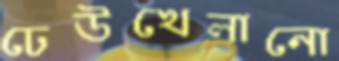
ঢেউখেলানো